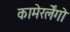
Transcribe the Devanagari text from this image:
कामेरर्लेंगो